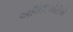
અલિધિએરીએ